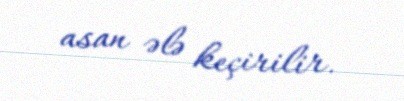
asan ələ keçirilir.